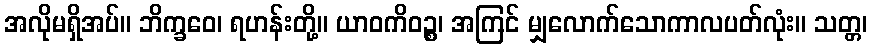
အလိုမရှိအပ်။ ဘိက္ခဝေ၊ ရဟန်းတို့။ ယာဝကိဝဉ္စ၊ အကြင် မျှလောက်သောကာလပတ်လုံး။ သတ္တ၊